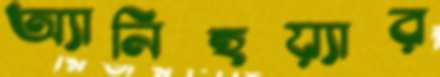
অ্যানিহয়্যার